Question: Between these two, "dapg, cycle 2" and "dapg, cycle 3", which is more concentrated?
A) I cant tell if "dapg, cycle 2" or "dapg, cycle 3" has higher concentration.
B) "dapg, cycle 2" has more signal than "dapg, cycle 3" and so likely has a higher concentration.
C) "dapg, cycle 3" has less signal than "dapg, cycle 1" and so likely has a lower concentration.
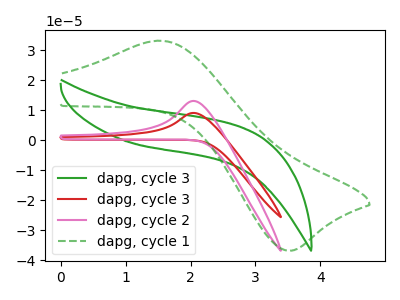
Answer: <think>The green curve "dapg, cycle 3" has no peaks. The red curve "dapg, cycle 3" has an anodic peak at: (2.05V, 9.15uA). The pink curve "dapg, cycle 2" has an anodic peak at: (2.05V, 13.15uA). The green dashed curve "dapg, cycle 1" has an anodic peak at (1.55V, 33.25uA) and a cathodic peak at (3.55V, -36.85uA).
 All the peaks in "dapg, cycle 2" have a peak in "dapg, cycle 3" at the same potential. Every peak in "dapg, cycle 2" is higher than every peak in "dapg, cycle 3".</think>
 <answer>B) "dapg, cycle 2" has more signal than "dapg, cycle 3" and so likely has a higher concentration.</answer>
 <eval>B</eval>